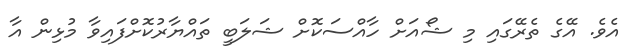
އެވެ. އޭގެ ތެރޭގައި މި ޝޯއަށް ހާއްސަކޮށް ޝަލަބީ ތައްޔާރުކޮށްފައިވާ މުޅިން އާ